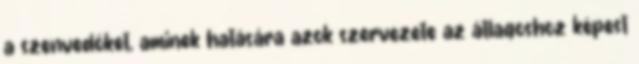
a szenvedőket, aminek hatására azok szervezete az átlagoshoz képest